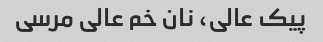
پیک عالی، نان خم عالی مرسی